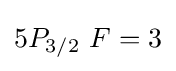
5P_{3/2}\ F=3